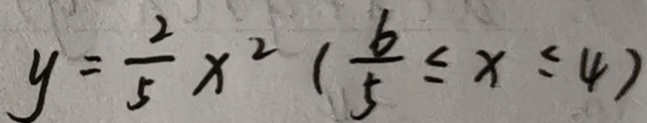
y = \frac { 2 } { 5 } x ^ { 2 } ( \frac { 6 } { 5 } \leq x \leq 4 )